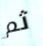
ثم